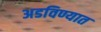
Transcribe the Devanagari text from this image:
अडविण्यात